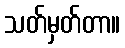
သတ်မှတ်တာ။